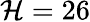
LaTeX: \mathcal{H}=26